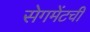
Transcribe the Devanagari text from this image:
सेगमेंटची